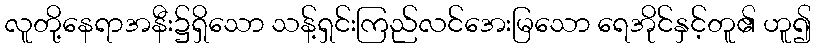
လူတို့နေရာအနီး၌ရှိသော သန့်ရှင်းကြည်လင်အေးမြသော ရေအိုင်နှင့်တူ၏ ဟူ၍